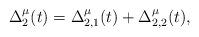
LaTeX: \begin{align*} \Delta_2^\mu(t) = \Delta_{2,1}^\mu(t) + \Delta_{2,2}^\mu(t),\end{align*}